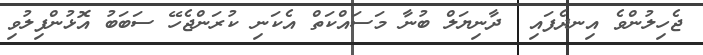
ޖެހިލުންވެ އިނދެފައި  ދާނިޔަލް ބުނާ މަސައްކަތް އެކަނި ކުރަންޖެހޭ ސަބަބު އޮޅުންފިލުވި